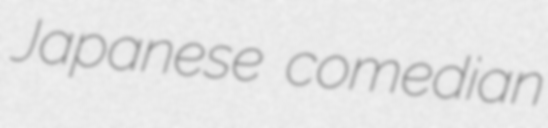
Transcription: Japanese comedian